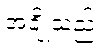
အချို့သည်